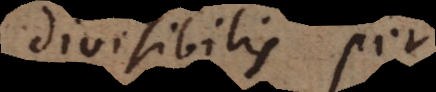
divisibilis per